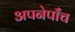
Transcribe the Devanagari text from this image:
अपनेपाँच